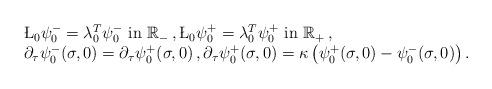
LaTeX: \begin{align*}\begin{array}{l}\L_0 \psi_0^- =\lambda_0^{T} \psi_0^- \mbox{ in } \mathbb R_-\,, \L_0 \psi_0^+ =\lambda_0^{T} \psi_0^+ \mbox{ in } \mathbb R_+\,,\\\partial_\tau \psi_0^- (\sigma,0)= \partial_\tau \psi_0^+ (\sigma,0)\,,\partial_\tau \psi_0^+ (\sigma,0) = \kappa \, \bigl( \psi_0^+(\sigma,0) - \psi_0^-(\sigma,0)\bigr) \,.\end{array}\end{align*}